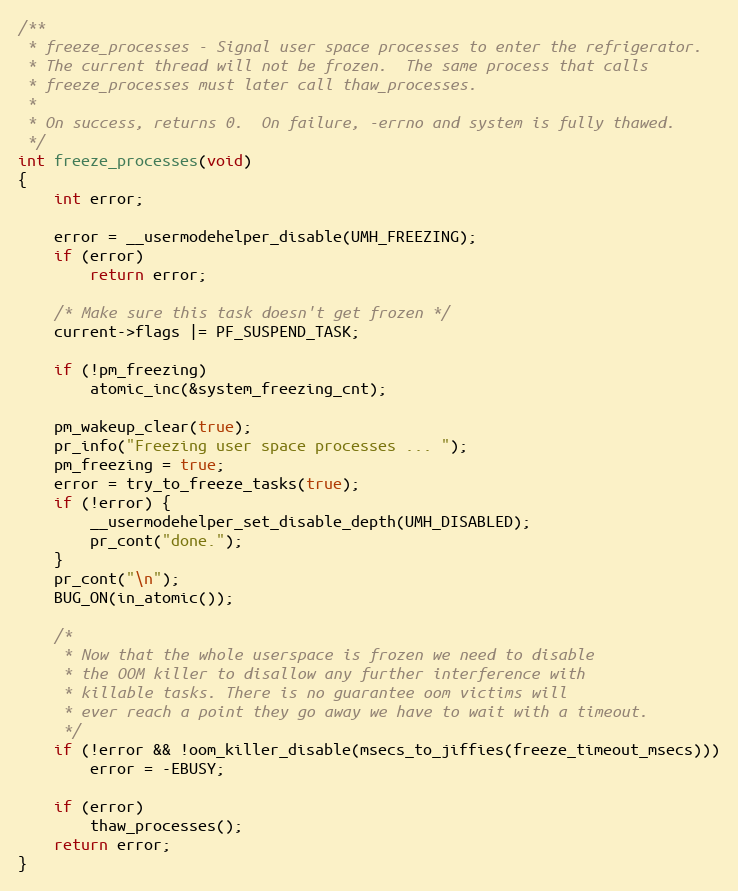
Language: C
/**
 * freeze_processes - Signal user space processes to enter the refrigerator.
 * The current thread will not be frozen.  The same process that calls
 * freeze_processes must later call thaw_processes.
 *
 * On success, returns 0.  On failure, -errno and system is fully thawed.
 */
int freeze_processes(void)
{
	int error;

	error = __usermodehelper_disable(UMH_FREEZING);
	if (error)
		return error;

	/* Make sure this task doesn't get frozen */
	current->flags |= PF_SUSPEND_TASK;

	if (!pm_freezing)
		atomic_inc(&system_freezing_cnt);

	pm_wakeup_clear(true);
	pr_info("Freezing user space processes ... ");
	pm_freezing = true;
	error = try_to_freeze_tasks(true);
	if (!error) {
		__usermodehelper_set_disable_depth(UMH_DISABLED);
		pr_cont("done.");
	}
	pr_cont("\n");
	BUG_ON(in_atomic());

	/*
	 * Now that the whole userspace is frozen we need to disable
	 * the OOM killer to disallow any further interference with
	 * killable tasks. There is no guarantee oom victims will
	 * ever reach a point they go away we have to wait with a timeout.
	 */
	if (!error && !oom_killer_disable(msecs_to_jiffies(freeze_timeout_msecs)))
		error = -EBUSY;

	if (error)
		thaw_processes();
	return error;
}